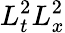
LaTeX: L_{t}^{2}L_{x}^{2}